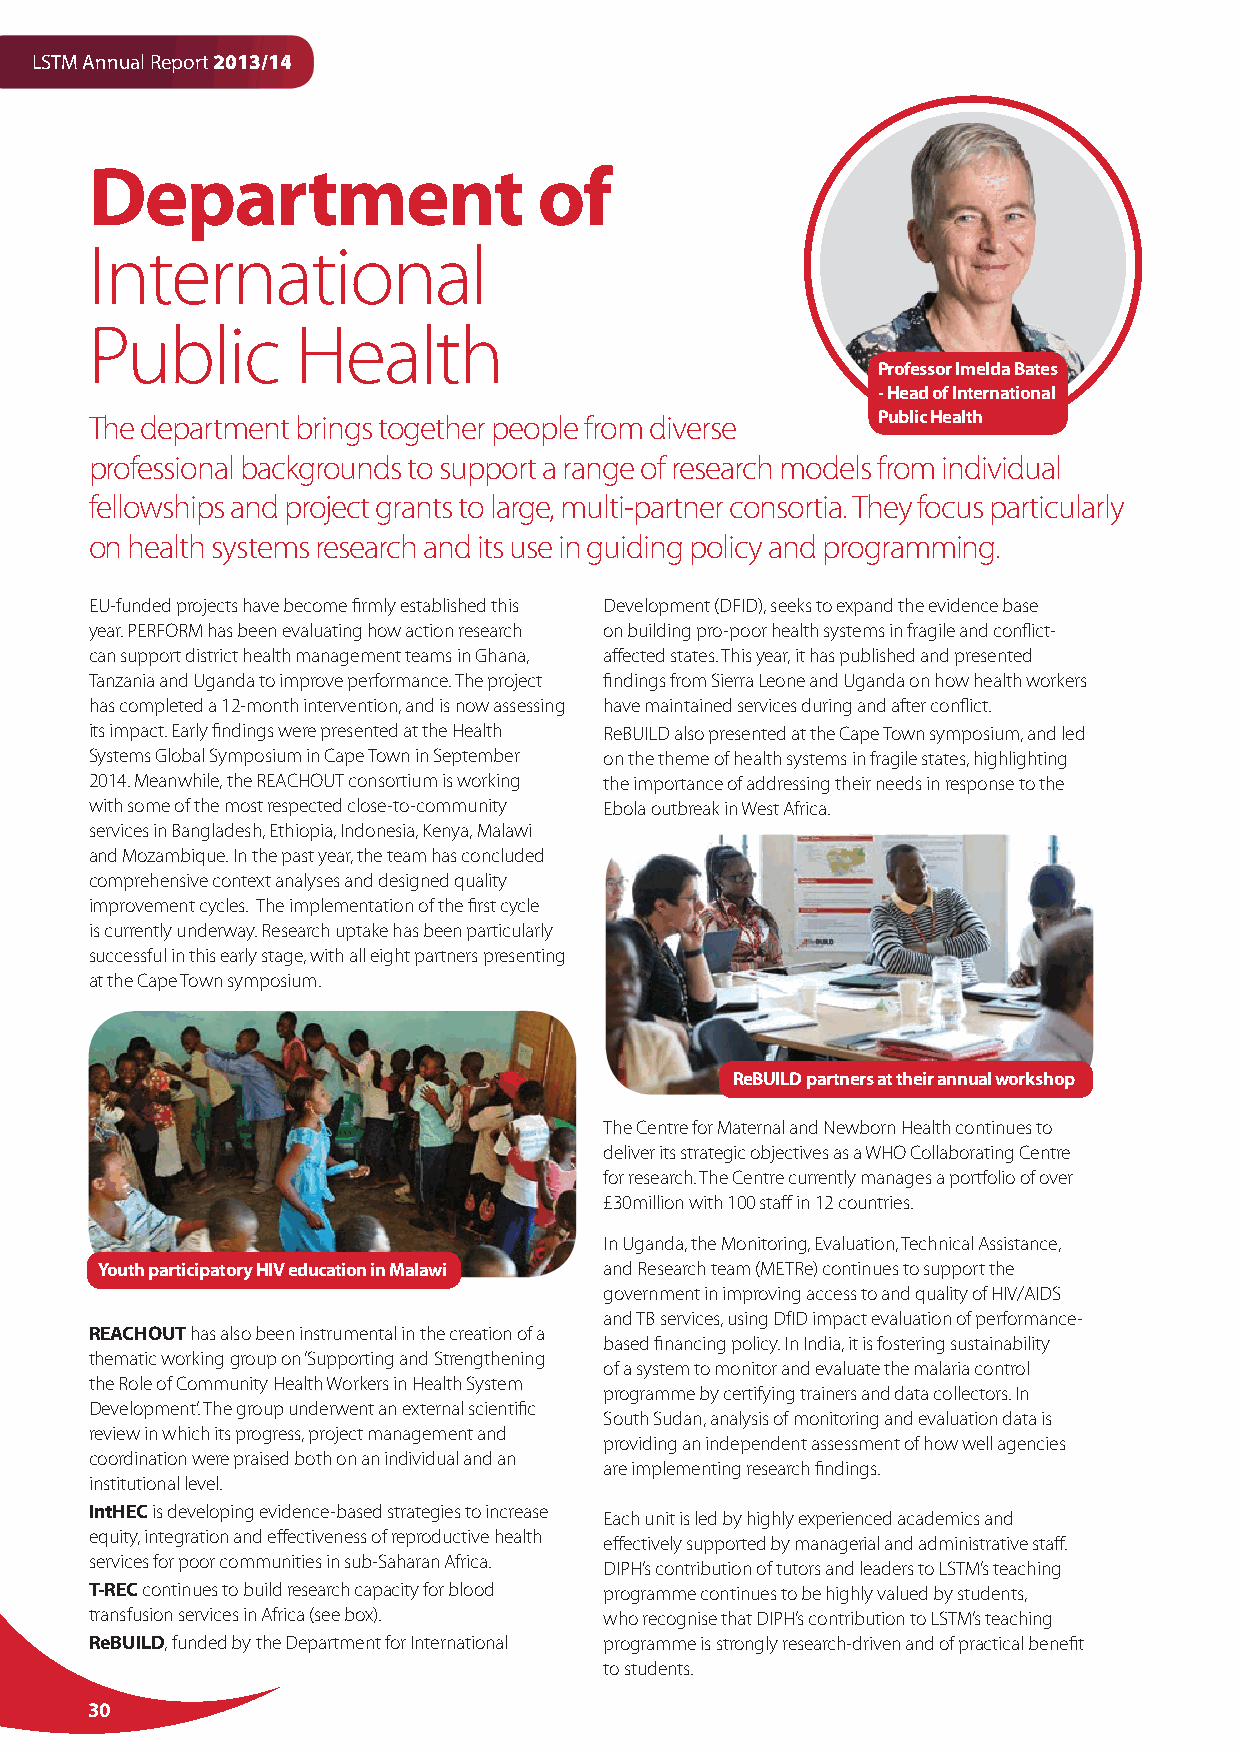
LSTM Annual Report 2013/14
 Department                    of
 International
 Public        Health
 Professor Imelda Bates
 - Head of International
 The department brings together people from diverse  Public Health
 professional backgrounds to support a range of research models from individual
 fellowships and project grants to large, multi-partner consortia. They focus particularly
 on health systems research and its use in guiding policy and programming.
 EU-funded projects have become firmly established this Development (DFID), seeks to expand the evidence base
 year. PERFORM has been evaluating how action research on building pro-poor health systems in fragile and conflict-
 can support district health management teams in Ghana, affected states. This year, it has published and presented
 Tanzania and Uganda to improve performance. The project findings from Sierra Leone and Uganda on how health workers
 has completed a 12-month intervention, and is now assessing have maintained services during and after conflict.
 its impact. Early findings were presented at the Health ReBUILD also presented at the Cape Town symposium, and led
 Systems Global Symposium in Cape Town in September on the theme of health systems in fragile states, highlighting
 2014. Meanwhile, the REACHOUT consortium is working the importance of addressing their needs in response to the
 with some of the most respected close-to-community Ebola outbreak in West Africa.
 services in Bangladesh, Ethiopia, Indonesia, Kenya, Malawi
 and Mozambique. In the past year, the team has concluded
 comprehensive context analyses and designed quality
 improvement cycles. The implementation of the first cycle
 is currently underway. Research uptake has been particularly
 successful in this early stage, with all eight partners presenting
 at the Cape Town symposium.
 ReBUILD partners at their annual workshop
 The Centre for Maternal and Newborn Health continues to
 deliver its strategic objectives as a WHO Collaborating Centre
 for research. The Centre currently manages a portfolio of over
 £30million with 100 staff in 12 countries.
 In Uganda, the Monitoring, Evaluation, Technical Assistance,
 Youth participatory HIV education in Malawi and Research team (METRe) continues to support the
 government in improving access to and quality of HIV/AIDS
 and TB services, using DfID impact evaluation of performance-
 REACHOUT has also been instrumental in the creation of a
 based financing policy. In India, it is fostering sustainability
 thematic working group on ‘Supporting and Strengthening
 of a system to monitor and evaluate the malaria control
 the Role of Community Health Workers in Health System
 programme by certifying trainers and data collectors. In
 Development’. The group underwent an external scientific
 South Sudan, analysis of monitoring and evaluation data is
 review in which its progress, project management and
 providing an independent assessment of how well agencies
 coordination were praised both on an individual and an
 are implementing research findings.
 institutional level.
 IntHEC is developing evidence-based strategies to increase
 Each unit is led by highly experienced academics and
 equity, integration and effectiveness of reproductive health
 effectively supported by managerial and administrative staff.
 services for poor communities in sub-Saharan Africa.
 DIPH’s contribution of tutors and leaders to LSTM’s teaching
 T-REC continues to build research capacity for blood programme continues to be highly valued by students,
 transfusion services in Africa (see box). who recognise that DIPH’s contribution to LSTM’s teaching
 ReBUILD, funded by the Department for International programme is strongly research-driven and of practical benefit
 to students.
 30